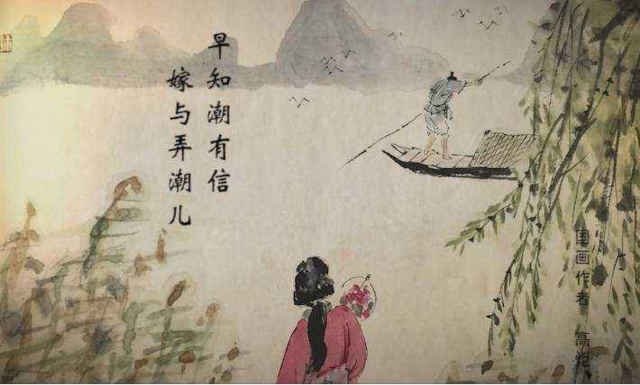
早知潮有信，嫁与弄潮儿。